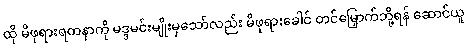
ထို မိဖုရားရတနာကို မဒ္ဒမင်းမျိုးမှသော်လည်း မိဖုရားခေါင် တင်မြှောက်ဘို့ရန် ဆောင်ယူ